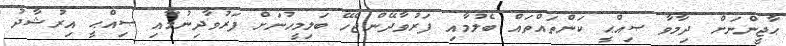
ޙާޖީންނަށް ދިމާވާ ޞިއްޙީ ކަންތައްތައް ބެލުމާއި ފަރުވާދޭންޖެހޭ ބަލިމީހުނަށް ފަރުވާދިނުމާއި ޞިއްޙީ އިރުޝާދު